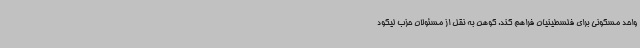
واحد مسکونی برای فلسطینیان فراهم کند. کوهن به نقل از مسئولان حزب لیکود